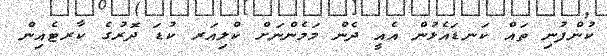
ކުންފުނި ތައް ކަނޑައެޅުން އެއީ ދެން މަމެންނަށް ކްލިއަރ ކުޑަ ދޮރުގެ ކާރޓެއިން